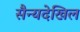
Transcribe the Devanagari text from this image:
सैन्यदेखिल